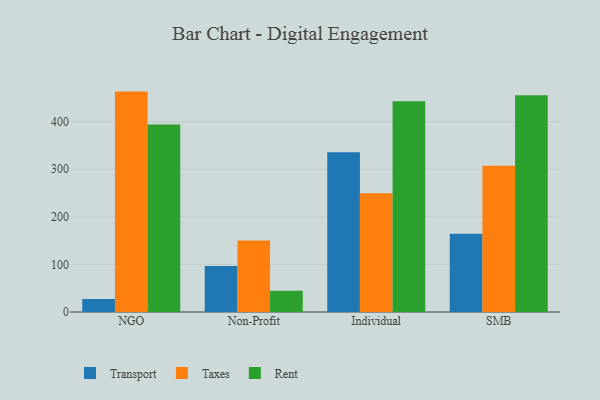
{"axis": {"x": "Segment", "y": "Temperature (°C)"}, "legend": ["Rent", "Taxes", "Transport"], "data": [{"x": "NGO", "y": 27.3, "type": "Transport"}, {"x": "NGO", "y": 463.1, "type": "Taxes"}, {"x": "NGO", "y": 394.1, "type": "Rent"}, {"x": "Non-Profit", "y": 96.4, "type": "Transport"}, {"x": "Non-Profit", "y": 150.0, "type": "Taxes"}, {"x": "Non-Profit", "y": 44.5, "type": "Rent"}, {"x": "Individual", "y": 335.6, "type": "Transport"}, {"x": "Individual", "y": 249.4, "type": "Taxes"}, {"x": "Individual", "y": 442.9, "type": "Rent"}, {"x": "SMB", "y": 164.2, "type": "Transport"}, {"x": "SMB", "y": 307.4, "type": "Taxes"}, {"x": "SMB", "y": 455.4, "type": "Rent"}]}